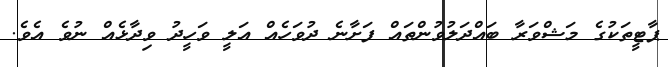
ޕާޓީތަކުގެ މަޝްވަރާ ބައްދަލުވުންތައް ފަށާނެ ދުވަހެއް އަލީ ވަހީދު ވިދާޅެއް ނުވެ އެވެ.